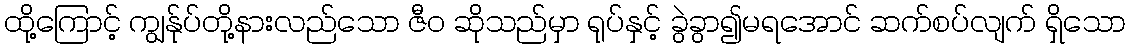
ထို့ကြောင့် ကျွန်ုပ်တို့နားလည်သော ဇီဝ ဆိုသည်မှာ ရုပ်နှင့် ခွဲခွာ၍မရအောင် ဆက်စပ်လျက် ရှိသော